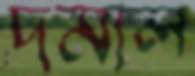
দমাল